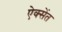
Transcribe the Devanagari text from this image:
ऐक्सेंत